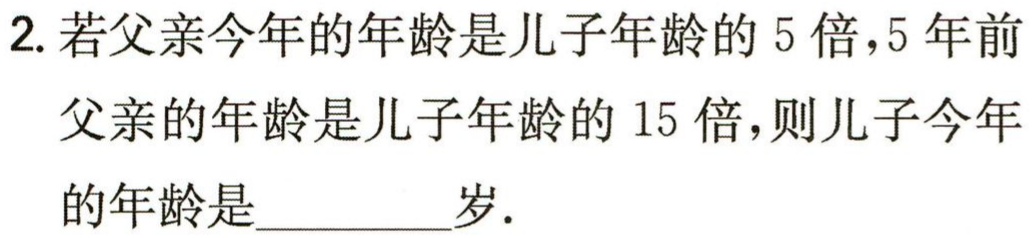
2. 若父亲今年的年龄是儿子年龄的 5 倍，5 年前父亲的年龄是儿子年龄的 15 倍，则儿子今年的年龄是_________岁.